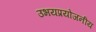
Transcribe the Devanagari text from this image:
उभयप्रयोजनीय